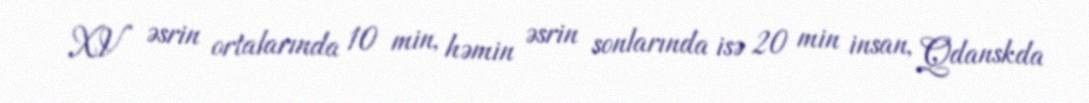
XV əsrin ortalarında 10 min, həmin əsrin sonlarında isə 20 min insan, Qdanskda